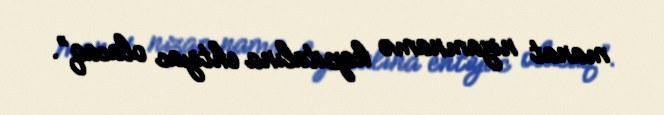
manat nizamnamə kapitalına ehtiyac olacaq”.